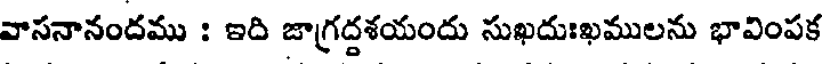
వాసనానందము : ఇది జాగ్రద్దశయందు సుఖదుఃఖములను భావింపక